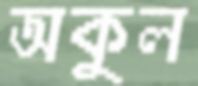
অকুল